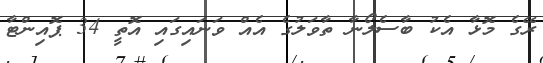
ރޭގެ މޮޅާ އެކު ބާސެލޯނާ ތާވަލުގެ އެއް ވަނައިގައި އޮތީ 34 ޕޮއިންޓާ